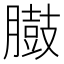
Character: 臌